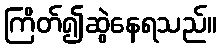
ကြိတ်၍ဆွဲနေရသည်။